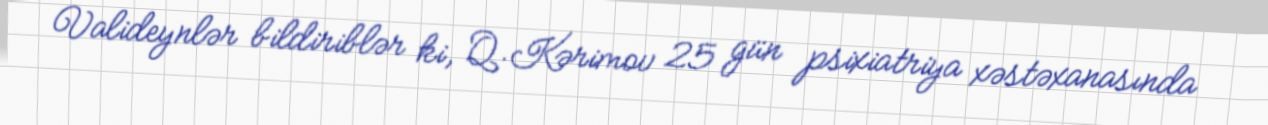
Valideynlər bildiriblər ki, Q.Kərimov 25 gün psixiatriya xəstəxanasında